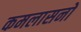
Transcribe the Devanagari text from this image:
कमलासनों